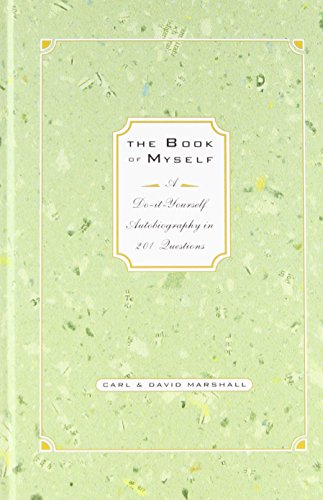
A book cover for The Book of Myself A Do-It-Yourself Autobiography In 201 Questions; Carl Marshall; Biographies & Memoirs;